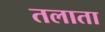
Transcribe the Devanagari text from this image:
तलाता